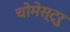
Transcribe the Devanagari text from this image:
चोमेस्ट्रु